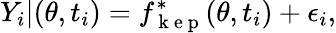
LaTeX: Y_{i}|(\theta,t_{i})=f_{\mathrm{~k~e~p~}}^{*}(\theta,t_{i})+\epsilon_{i},